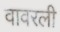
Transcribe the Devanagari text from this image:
वावरली